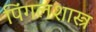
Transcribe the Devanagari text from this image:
पिंगलशास्त्र